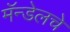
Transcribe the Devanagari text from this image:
मॅन्डेलचे